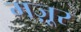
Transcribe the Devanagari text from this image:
मज़ूर